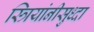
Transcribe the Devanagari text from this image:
स्त्रियांनीसुध्दा